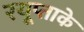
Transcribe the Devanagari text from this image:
रयूप्ताके